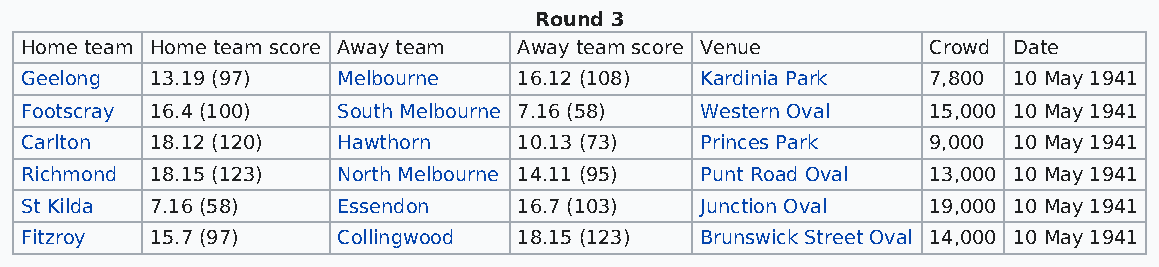
Round 3
 Home team Home team score Away team Away team score Venue   Crowd Date
 Geelong  13.19 (97)  Melbourne   16.12 (108) Kardinia Park  7,800 10 May 1941
 Footscray 16.4 (100) South Melbourne 7.16 (58) Western Oval 15,000 10 May 1941
 Carlton  18.12 (120) Hawthorn    10.13 (73)  Princes Park   9,000 10 May 1941
 Richmond 18.15 (123) North Melbourne 14.11 (95) Punt Road Oval 13,000 10 May 1941
 St Kilda 7.16 (58)   Essendon    16.7 (103)  Junction Oval  19,000 10 May 1941
 Fitzroy  15.7 (97)   Collingwood 18.15 (123) Brunswick Street Oval 14,000 10 May 1941